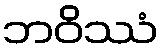
ဘဝိဿံ